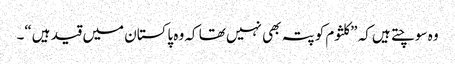
وہ سوچتے ہیں کہ ”کلثوم کو پتہ بھی نہیں تھا کہ وہ پاکستان میں قید ہیں“۔